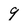
Character: 9